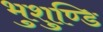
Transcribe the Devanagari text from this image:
भुशुण्डि